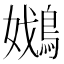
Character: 𡣴